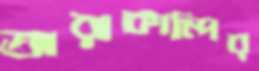
তারাকান্দির